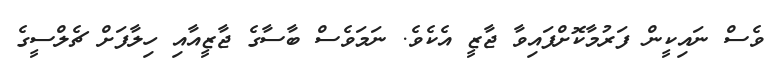
ވެސް ނައިކީން ފަރުމާކޮށްފައިވާ ޖާޒީ އެކެވެ. ނަމަވެސް ބާސާގެ ޖާޒީއާއި ހިލާފަށް ޗެލްސީގެ